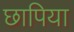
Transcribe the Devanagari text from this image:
छापिया